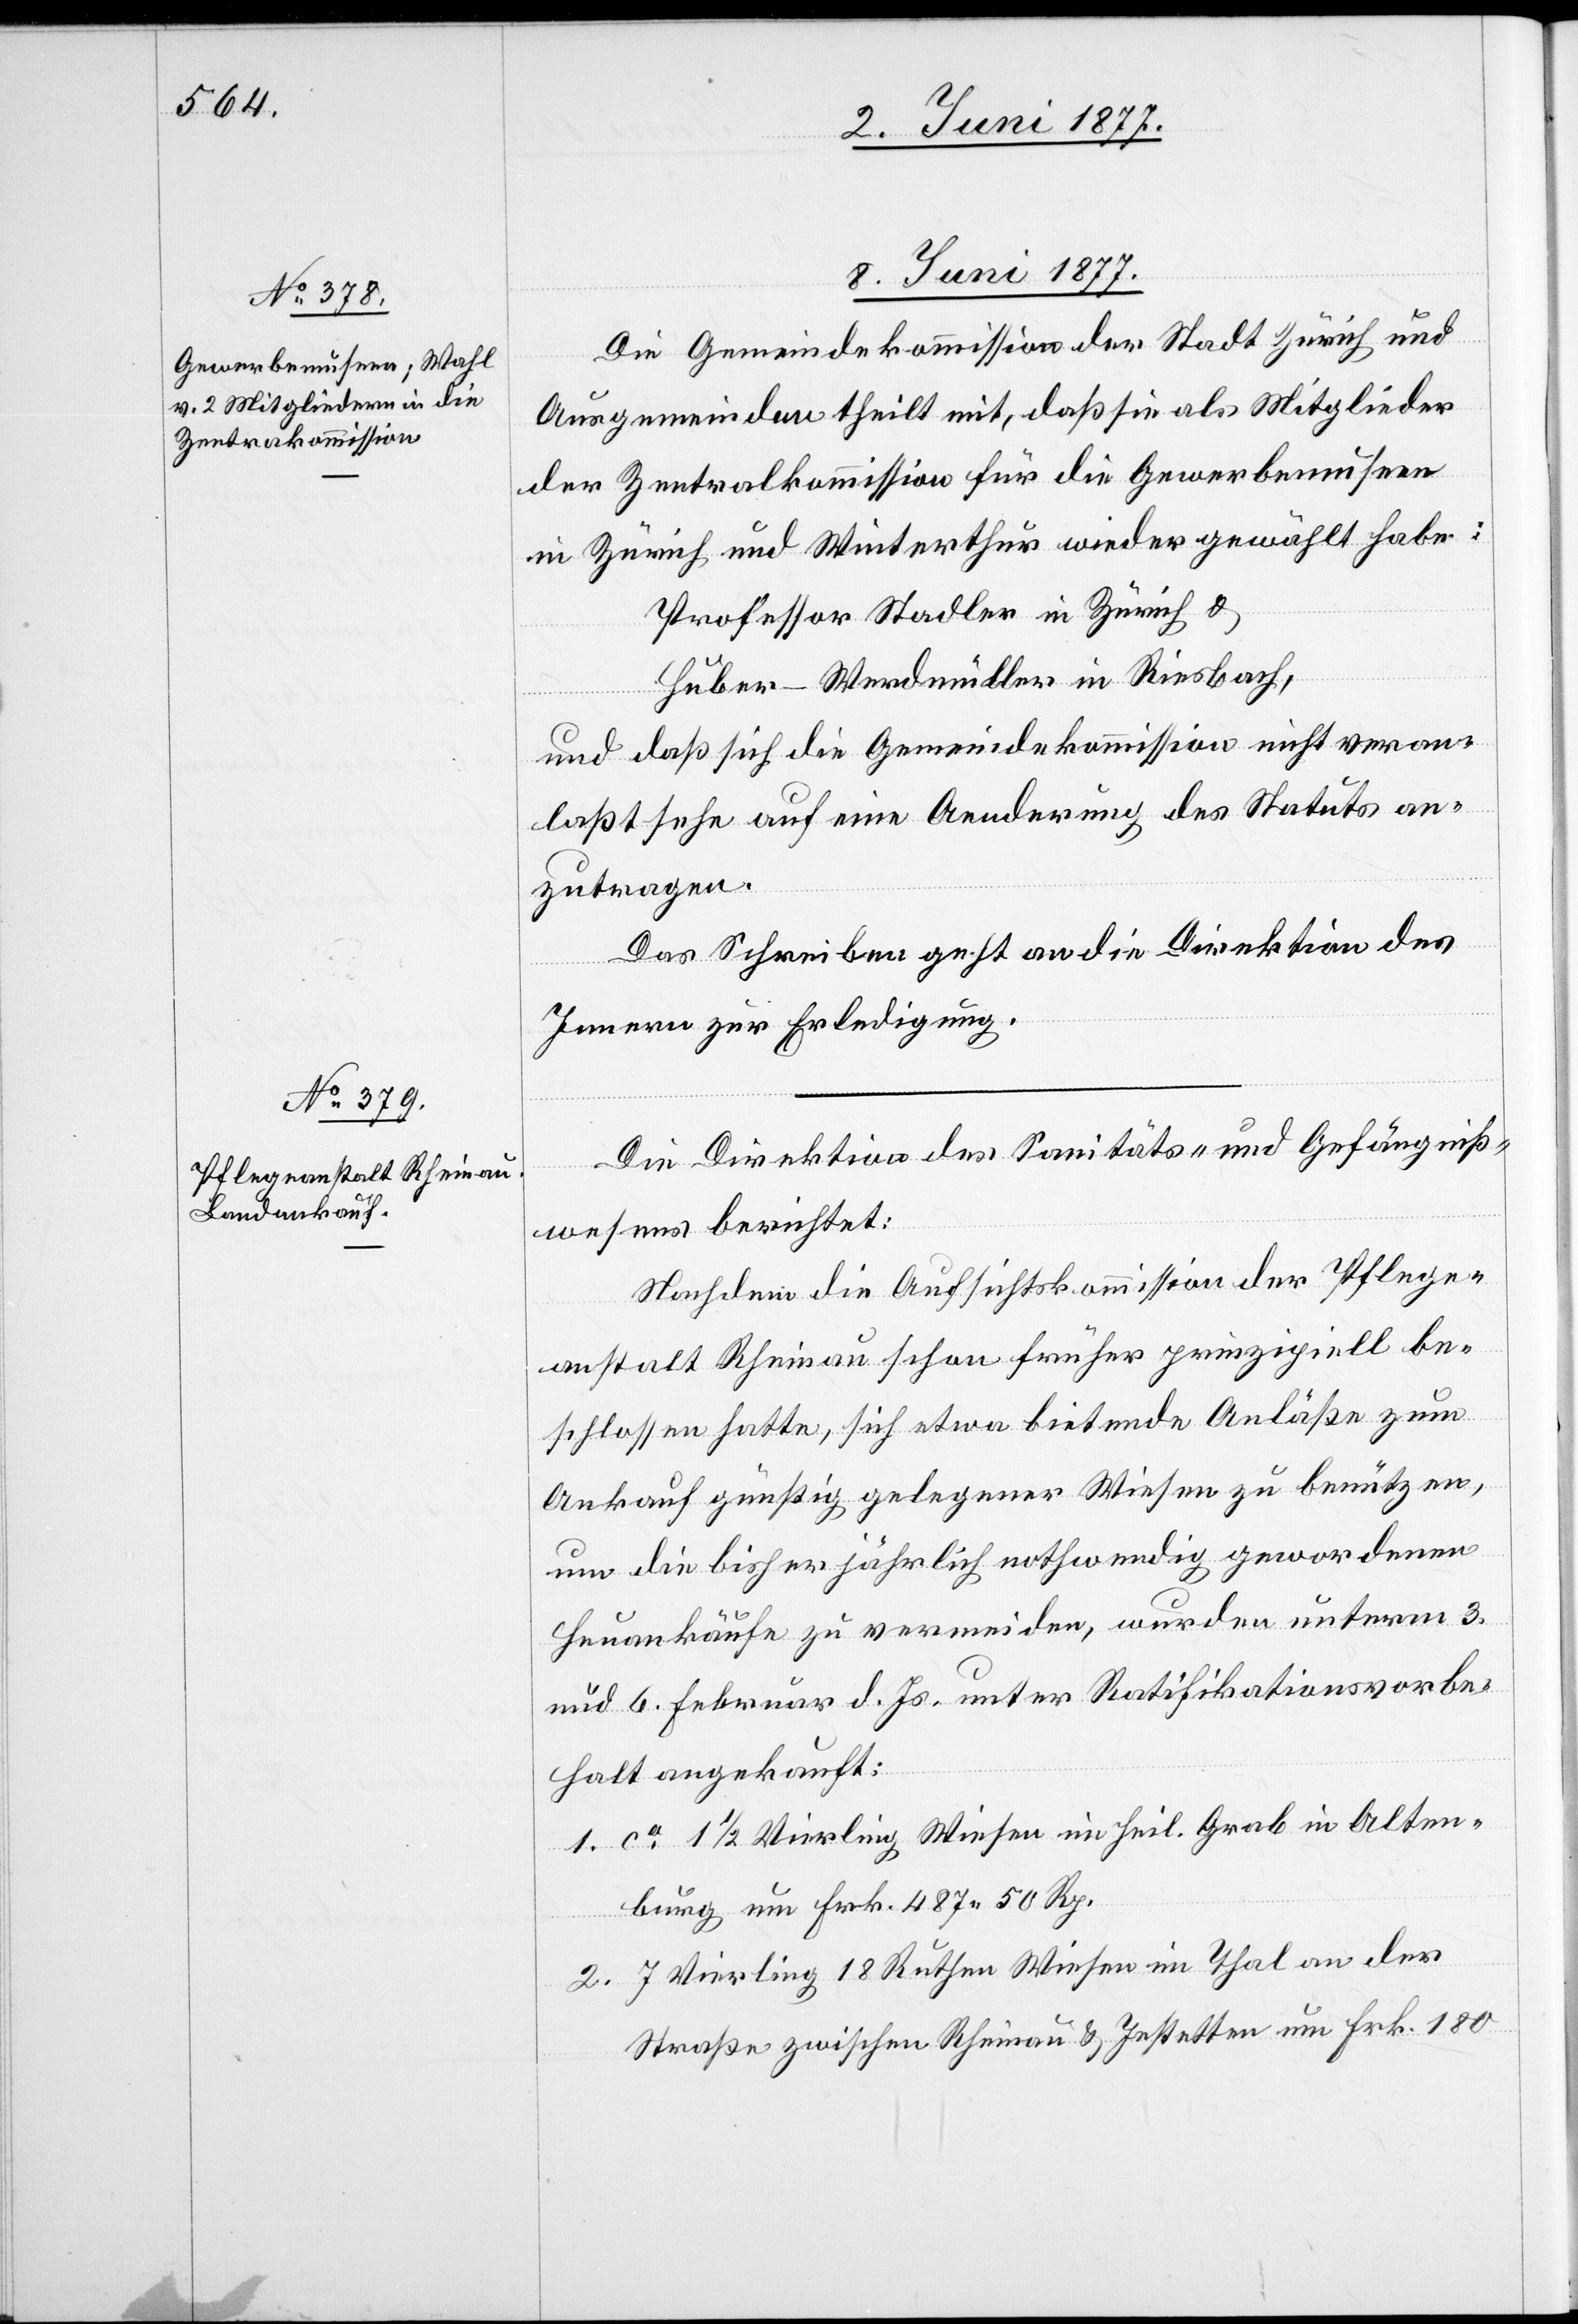
8. Juni 1877.]
Die Gemeindekommission der Stadt Zürich und
Ausgemeinden theilt mit, daß sie als Mitglieder
der Zentralkommission für die Gewerbemuseen
in Zürich und Winterthur wieder gewählt habe:
Professor Stadler in Zürich &
Huber-Werdmüller in Riesbach,
und daß sich die Gemeindekommission nicht veran¬
laßt sehe auf eine Aenderung des Status an¬
zutragen.
Das Schreiben geht an die Direktion des
Innern zur Erledigung.
Die Direktion des Sanitäts- und Gefängniß¬
wesens berichtet:
Nachdem die Aufsichtskommission der Pflege¬
anstalt Rheinau schon früher prinzipiell be¬
schlossen hatte, sich etwa bietende Anläße zum
Ankauf günstig gelegener Wiesen zu benützen,
um die bisher jährlich nothwendig gewordenen
Heuankäufe zu vermeiden, wurden unterm 3.
und 6. Februar d. Js. unter Ratifikationsvorbe¬
halt angekauft:
1. ca 1 1/2 Vierling Wiesen im heil. Grab in Alten¬
burg um Frk. 487 50 Rp.
2. 7 Vierling 18 Ruthen Wiesen im Thal an der
Straße zwischen Rheinau & Jestetten um Frk. 180